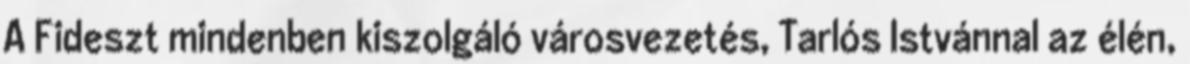
A Fideszt mindenben kiszolgáló városvezetés, Tarlós Istvánnal az élén,